Indian journal of veterinary science and animal husbandry - Volume 6,
Year: 1936
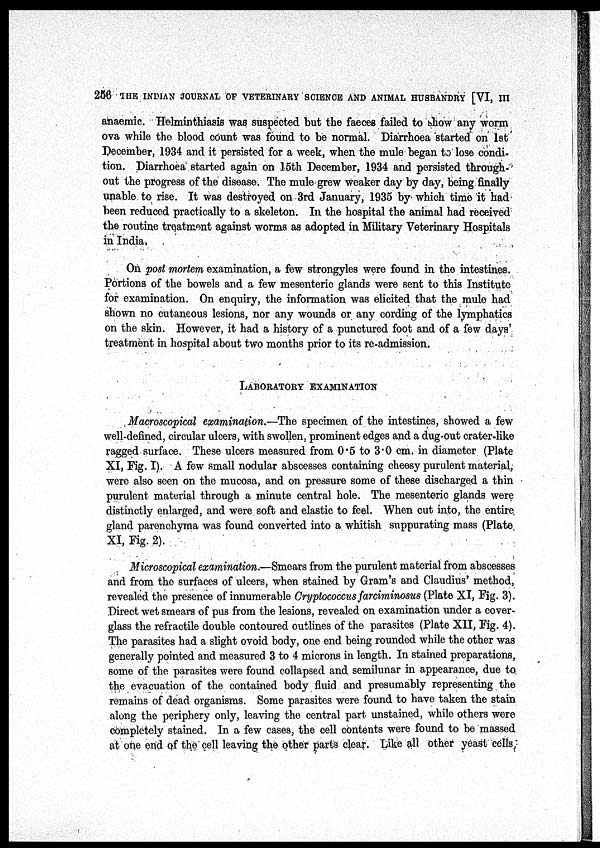
256 THE INDIAN JOURNAL OF VETERINARY SCIENCE AND ANIMAL HUSBANDRY [VI, III
anaemic. Helminthiasis was suspected but the faeces failed to show any worm
ova while the blood count was found to be normal. Diarrhoea started on 1st
December, 1934 and it persisted for a week, when the mule began to lose condi-
tion. Diarrhoea started again on 15th December, 1934 and persisted through-
out the progress of the disease. The mule grew weaker day by day, being finally
unable to rise. It was destroyed on 3rd January, 1935 by which time it had
been reduced practically to a skeleton. In the hospital the animal had received
the routine treatment against worms as adopted in Military Veterinary Hospitals
in India.
On post mortem examination, a few strongyles were found in the intestines.
Portions of the bowels and a few mesenteric glands were sent to this Institute
for examination. On enquiry, the information was elicited that the mule had
shown no cutaneous lesions, nor any wounds or any cording of the lymphatics
on the skin. However, it had a history of a punctured foot and of a few days
treatment in hospital about two months prior to its re-admission.
LABORATORY EXAMINATION
Macroscopical examination.—The specimen of the intestines, showed a few
well-defined, circular ulcers, with swollen, prominent edges and a dug-out crater-like
ragged surface. These ulcers measured from 0.5 to 3.0 cm. in diameter (Plate
XI, Fig. I). A few small nodular abscesses containing cheesy purulent material,
were also seen on the mucosa, and on pressure some of these discharged a thin
purulent material through a minute central hole. The mesenteric glands were
distinctly enlarged, and were soft and elastic to feel. When cut into, the entire
gland parenchyma was found converted into a whitish suppurating mass (Plate
XI, Fig. 2).
Microscopical examination.—Smears from the purulent material from abscesses
and from the surfaces of ulcers, when stained by Gram's and Claudius' method,
revealed the presence of innumerable Cryptococcus farciminosus (Plate XI, Fig. 3).
Direct wet smears of pus from the lesions, revealed on examination under a cover-
glass the refractile double contoured outlines of the parasites (Plate XII, Fig. 4).
The parasites had a slight ovoid body, one end being rounded while the other was
generally pointed and measured 3 to 4 microns in length. In stained preparations,
some of the parasites were found collapsed and semilunar in appearance, due to
the evacuation of the contained body fluid and presumably representing the
remains of dead organisms. Some parasites were found to have taken the stain
along the periphery only, leaving the central part unstained, while others were
completely stained. In a few cases, the cell contents were found to be massed
at one end of the cell leaving the other parts clear. Like all other yeast cells